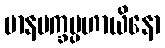
မာနမက္ခပ္ပဟာယိနော